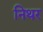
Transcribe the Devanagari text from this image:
निथर